Report on the cultivation and use of ganja
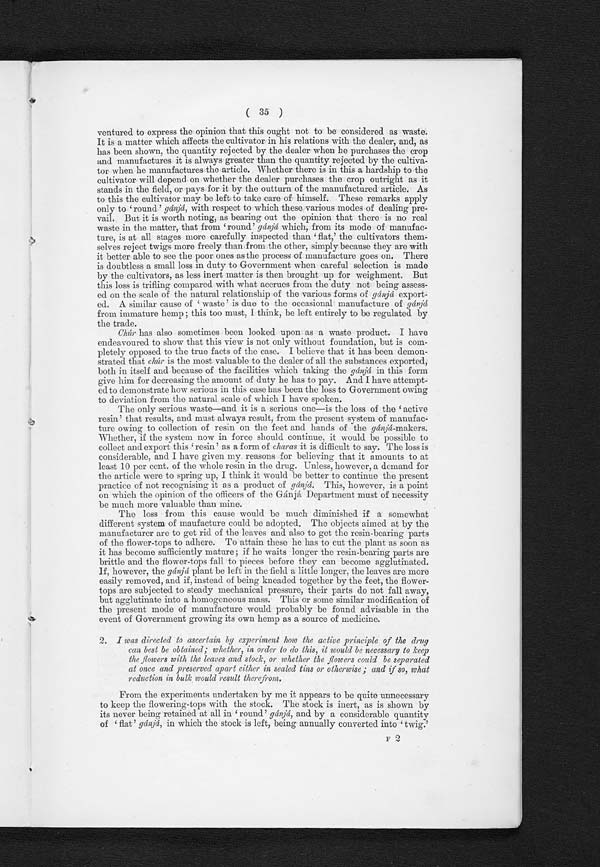
( 36 )
Moreover, it is evident that the 'twig' is also inessential, since much, of the
'flat' gánjá especially, is every year deliberately converted into chúr, which is
simply flowering-tops divested of twig.
The reasons why all gánjá is not every year converted into chúr are :—The
difficulty of handling the broken gánjá, and the fact that being loose and
more exposed to atmospheric influences, the flowering-tops lose their power
more readily as chúr than if they are permitted to remain on the twigs as
' r o u n d ' o r ' f l a t . ' I f t h e s e o b j e c t i o n s c a n b e me t , t h e r e i s n o r e a s o n wh y a l l
g ánjá should not be at once divested of stock and twig. And I have endeav-
oured to show that the flower-tops so separated may be by mechanical pres-
sure converted into solid cakes that admit of being easily handled, and in
which the component flower-heads are in such close contact that there is no
possibility of any atmospheric action affecting more than those on the outside.
These cakes have the further advantage of readily disintegrating when exposed,
and thus becoming once more converted into chúr .. There is every reason to
expect that the chúr composing the cakes will at the end of a year be found to
be of better quality than the flower-heads of 'round' or 'flat ' g á n j á
s t o r e d i n
the ordinary way. Since, however, some of the dealers and cultivators have
expressed the opinion that the gánjá will become bad by having been pressed, it
has been necessary to store some of these cakes in the golahs at Calcutta, in
order that they may be examined a year hence. It is therefore necessary to
defer the expression of a final opinion on these experiments till April
1894.
The resulting reduction in bulk, should this mode of preserving gánjáp r o v e
advisable, will be very considerable. All sorts of gánjá will under this system
uniformly occupy a space of only 2½ cubic feet per maund in place of the present
space of 6½ cubic feet occupied by 'large flat,' 5¾ cubic feet by 'flat twig,'
39/10 cubic feet by ' round, ' and 5¼ cubic feet byc h ú r
.
The cakes made have been of round. shape; this has been shown to be
an inconvenient form owing to the resulting loss of space in storing ; if the
making of cakes should be conducted on a large scale, it would be necessary to
have them made square.
3. I was instructed to try experiments as to the best means of preserving the
flower-tops.
In connection with first point of enquiry I have had occasion to express
my belief that the best means of preserving the flower-tops so as to pre-
vent waste is to allow the plants to remain in the field till they have reached
a stage of over-ripeness. The flower-tops can then be easily removed from the
stock, and at the same time divested of leaves, subjected to mechanical pressure,
and converted into homogeneous cakes which do not disintegrate like those
made from Chúr, and may be dried in the sun till they present the appearance
and possess the characteristic odour of gánj ám a d e i n t h e o r d i n a r y
w a y .
T h i s
would also be the most convenient way to preserve gánjá from the points of
view of handling and storage. It is not, however, necessary to manufacture
gánjá in this way; the ordinary gánjá, if converted into chúr and then compressed,
may be equally easily dealt with.
As it seems probable from the changes that occur in gánjá by keeping,
that it is to the influence of the atmosphere that the deterioration which
takes place in it is due, there would appear to be no means of completely check-
ing the action short of sealing up the substance in tin cases. However, it is
equally clear that if the flowering-tops can be made to lie so closely together as
to prevent air from reaching any but the outside ones, it should be possible to
prevent much of this alteration without actually incurring the expense of tin-
ning the gánjá up. And there is no way in which this can be so effectually done
as by subjecting the flower-heads deprived of stock to considerable mechanical
pressure. In order, therefore, to test this point, a number of the cakes mentioned
were sealed in tins, and a number were packed in straw and gunny as ordinary
gánjá is packed, in order that the relative merits of the two modes of storage
may be assessed after the lapse of some time.
For his reason it will, as in the last case, be impossible to express an
opinion on the result till April 1894, and, in this case it will also be advisable